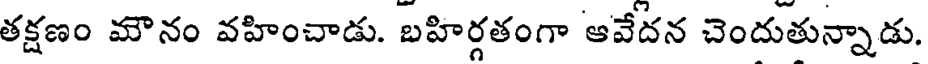
తక్షణం మౌనం వహించాడు. బహిర్గతంగా ఆవేదన చెందుతున్నాడు.